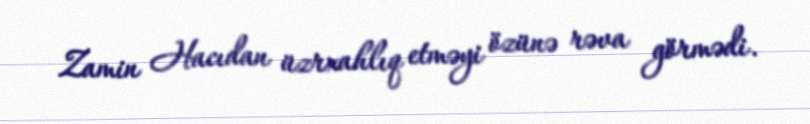
Zamin Hacıdan üzrxahlıq etməyi özünə rəva görmədi.